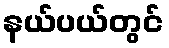
နယ်ပယ်တွင်